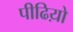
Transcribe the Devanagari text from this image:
पीढिय़ो